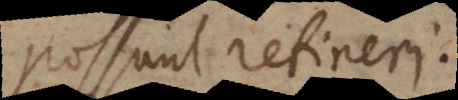
possunt retineri.